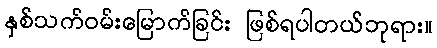
နှစ်သက်ဝမ်းမြောက်ခြင်း ဖြစ်ရပါတယ်ဘုရား။